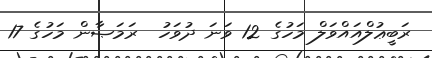
ރަބީޢުލްއައްވަލް މަހުގެ 12 ވަނަ ދުވަހު  ރަމަޞާން މަހުގެ 17